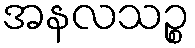
အနလသဉ္စ